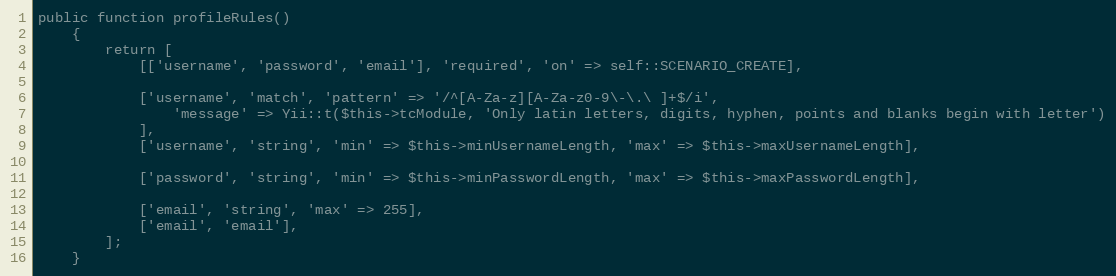
Language: PHP
public function profileRules()
    {
        return [
            [['username', 'password', 'email'], 'required', 'on' => self::SCENARIO_CREATE],

            ['username', 'match', 'pattern' => '/^[A-Za-z][A-Za-z0-9\-\.\ ]+$/i',
                'message' => Yii::t($this->tcModule, 'Only latin letters, digits, hyphen, points and blanks begin with letter')
            ],
            ['username', 'string', 'min' => $this->minUsernameLength, 'max' => $this->maxUsernameLength],

            ['password', 'string', 'min' => $this->minPasswordLength, 'max' => $this->maxPasswordLength],

            ['email', 'string', 'max' => 255],
            ['email', 'email'],
        ];
    }